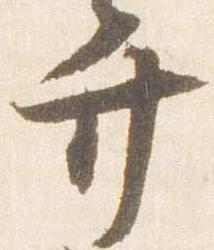
弁